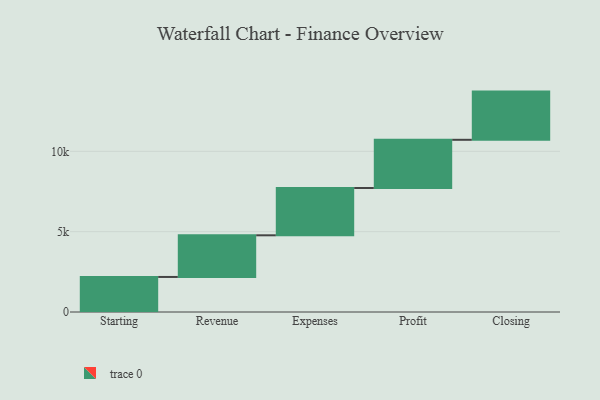
{"axis": {"x": "Step", "y": "Value"}, "legend": [""], "data": [{"x": "Starting", "y": 2181.0, "type": ""}, {"x": "Revenue", "y": 2593.0, "type": ""}, {"x": "Expenses", "y": 2944.0, "type": ""}, {"x": "Profit", "y": 3000, "type": ""}, {"x": "Closing", "y": 3000, "type": ""}]}